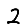
Digit: 2